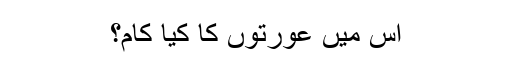
اس میں عورتوں کا کیا کام؟